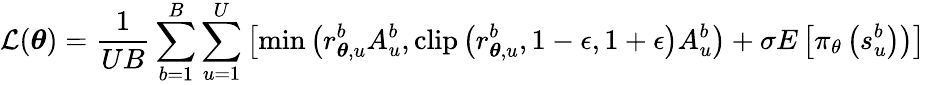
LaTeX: \mathcal{L}(\boldsymbol{\theta})=\frac{1}{UB}\sum_{b=1}^{B}\sum_{u=1}^{U}\left[\operatorname*{min}\left(r_{\boldsymbol{\theta},u}^{b}A_{u}^{b},\operatorname{clip}\left(r_{\boldsymbol{\theta},u}^{b},1-\epsilon,1+\epsilon\right)A_{u}^{b}\right)+\sigma E\left[\pi_{\theta}\left(s_{u}^{b}\right)\right)\right]